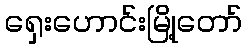
ရှေးဟောင်းမြို့တော်